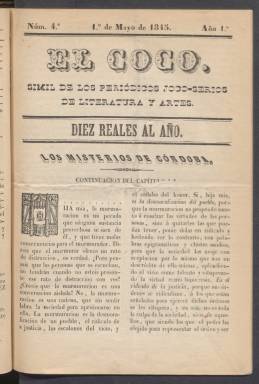
Título: El Coco (Córdoba)
Colección: Literatura
Ámbito geográfico: Córdoba
Lugar de publicación: Córdoba
Fechas: 01/05/1845-01/05/1845

Revista literaria y teatral de tono satírico de la ciudad de Córdoba que salió en febrero de 1845. Se publicaba el primer día de cada mes y se tiene constancia de haber editado hasta cinco entregas, es decir, hasta el número correspondiente al mes de junio. La Biblioteca Nacional de España sólo posee el número 4 del mes de mayo.

   La publicación, que constaba de ocho páginas por entrega, llevaba el curioso subtítulo de ‘Símil de los periódicos joco-serios de literatura y artes’. Y, cosa sorprendente, en la misma portada destacaba en tipografía el precio de la suscripción: ‘Diez reales al año’. No parece, sin embargo, que la publicación llegara a alcanzar el año de vida.

  El contenido de El Coco hace honor a su título dado que una gran parte de los artículos son de crítica, como las dedicadas a las crónicas teatrales, que es una de las secciones más destacadas del periódico. Pero no solo las obras que se representaban son objeto de crítica sino también las condiciones en que las veían los espectadores.

   En el número que posee la BNE se puede leer este comentario dirigido al propietario del teatro: ‘Suplicamos al dueño, propietario o empresario del teatro, que, ya que en las lunetas nos sentemos en dura tabla, que no desuellen los duros clavos nuestra blanda ropa. La luneta núm. 31 y una capa del prójimo que se queja son testigos de esta tristísima y dolorosísima verdad’.

     Narraciones y poemas, además de las páginas de crónica teatral y musical, completan el contenido de El Coco, en el que pueden leerse numerosos comentarios jocosos dirigidos a los periodistas de la competencia en Córdoba, como el también periódico satírico El Gato, redactado por un grupo de jóvenes.

   Los redactores de El Coco debían de ser de mayor edad, a juzgar por estas líneas que dedican a su competencia: ‘¿Quién son los redactores de el Gato? Niños de prima tonsura, y muchachos de obra prima’.

[Descripción publicada el 7/09/2023]